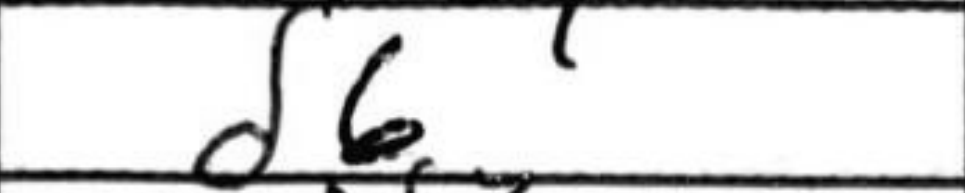
Transcription: d6